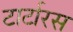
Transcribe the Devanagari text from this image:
टार्टारस